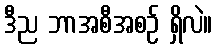
ဒီည ဘာအစီအစဉ် ရှိလဲ။